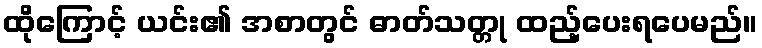
ထိုကြောင့် ယင်း၏ အစာတွင် ဓာတ်သတ္တု ထည့်ပေးရပေမည်။